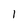
Character: 1